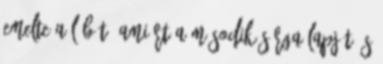
emelte a lábát, amiért a második sárga lapját és